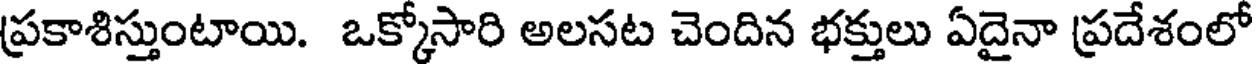
ప్రకాశిస్తుంటాయి. ఒక్కోసారి అలసట చెందిన భక్తులు ఏదైనా ప్రదేశంలో